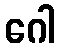
ဂေါ